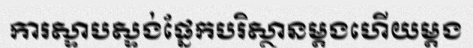
ការស្ទាបស្ទង់ផ្នែកបរិស្ថានម្តងហើយម្តង